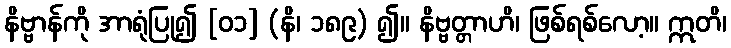
နိဗ္ဗာန်ကို အာရုံပြု၍ [၀၁] (နိ၊ ၁၈၉) ၍။ နိဗ္ဗတ္တာဟိ၊ ဖြစ်ရစ်လော့။ ဣတိ၊